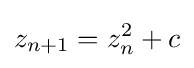
z_{n+1}=z_{n}^{2}+c